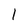
Character: 1